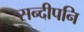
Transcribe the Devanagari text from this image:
सन्‍दीपनि